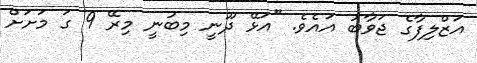
އަޒްލިފާގެ ޖަވާބު އައެވެ. "އަޅޭ ދޫނީ މިބުނީ މިރޭ 9 ގަ މަށަށް